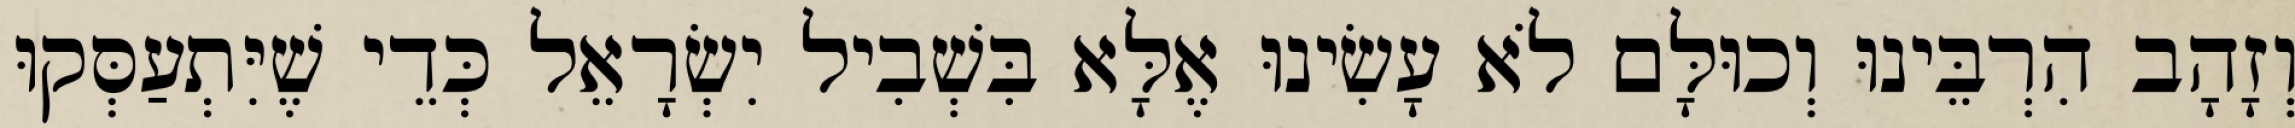
וְזָהָב הִרְבֵּינוּ וְכוּלָּם לֹא עָשִׂינוּ אֶלָּא בִּשְׁבִיל יִשְׂרָאֵל כְּדֵי שֶׁיִּתְעַסְּקוּ